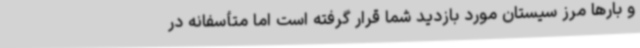
و بارها مرز سیستان مورد بازدید شما قرار گرفته است اما متأسفانه در